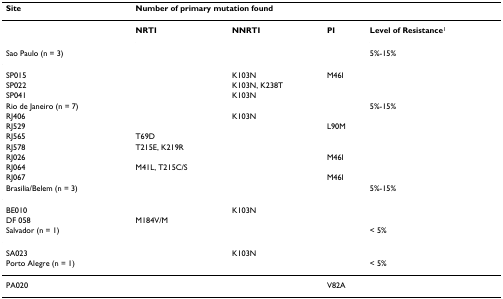
| Site | <COLSPAN=4> Number of primary mutation found |
 | --- | --- | --- | --- | --- |
 |  | NRTI | NNRTI | PI | Level of Resistance1 |
 | Sao Paulo (n = 3) |  |  |  | 5%-15% |
 | SP015 |  | K103N | M46I |  |
 | SP022 |  | K103N, K238T |  |  |
 | SP041 |  | K103N |  |  |
 | Rio de Janeiro (n = 7) |  |  |  | 5%-15% |
 | RJ406 |  | K103N |  |  |
 | RJ529 |  |  | L90M |  |
 | RJ565 | T69D |  |  |  |
 | RJ578 | T215E, K219R |  |  |  |
 | RJ026 |  |  | M46I |  |
 | RJ064 | M41L, T215C/S |  |  |  |
 | RJ067 |  |  | M46I |  |
 | Brasilia/Belem (n = 3) |  |  |  | 5%-15% |
 | BE010 |  | K103N |  |  |
 | DF 058 | M184V/M |  |  |  |
 | Salvador (n = 1) |  |  |  | < 5% |
 | SA023 |  | K103N |  |  |
 | Porto Alegre (n = 1) |  |  |  | < 5% |
 | PA020 |  |  | V82A |  |